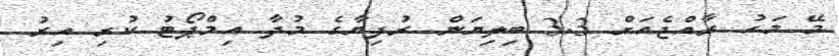
މޭ މަހު ރާއްޖެއަށް 3.3 ބިލިޔަން ރުފިޔާގެ މުދާ އިމްޕޯޓު ކުރި އިރު